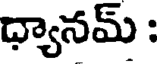
ధ్యానమ్ :